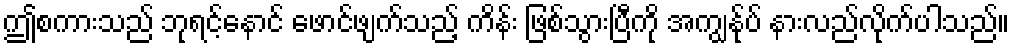
ဤစကားသည် ဘုရင့်နောင် ဖောင်ဖျက်သည့် ကိန်း ဖြစ်သွားပြီကို အကျွန်ုပ် နားလည်လိုက်ပါသည်။